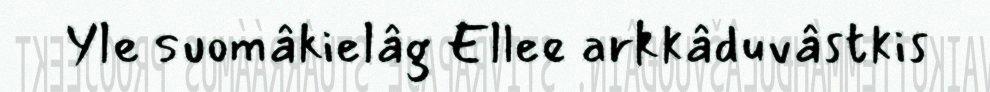
Yle suomâkielâg Ellee arkkâduvâstkis